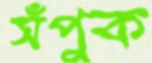
সঁপুক